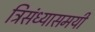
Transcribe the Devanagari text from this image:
त्रिसंध्यासमयी